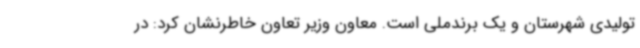
تولیدی شهرستان و یک برندملی است. معاون وزیر تعاون خاطرنشان کرد: در